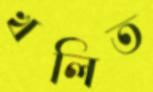
খলিত